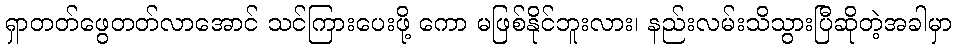
ရှာတတ်ဖွေတတ်လာအောင် သင်ကြားပေးဖို့ ကော မဖြစ်နိုင်ဘူးလား၊ နည်းလမ်းသိသွားပြီဆိုတဲ့အခါမှာ